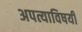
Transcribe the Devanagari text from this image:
अपत्याविषयी